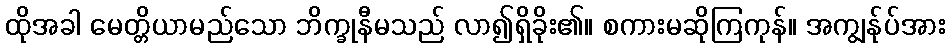
ထိုအခါ မေတ္တိယာမည်သော ဘိက္ခုနီမသည် လာ၍ရှိခိုး၏။ စကားမဆိုကြကုန်။ အကျွန်ုပ်အား